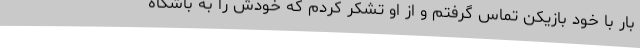
بار با خود بازیکن تماس گرفتم و از او تشکر کردم که خودش را به باشگاه